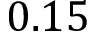
0 . 1 5